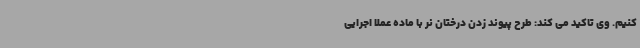
کنیم. وی تاکید می کند: طرح پیوند زدن درختان نر با ماده عملا اجرایی